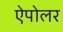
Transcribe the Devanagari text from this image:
ऐपोलर